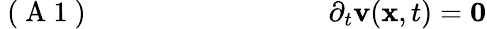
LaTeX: \mathrm{~(~A~1~)~}\; \; \; \; \; \; \; \; \; \; \; \; \; \; \; \; \; \; \; \; \; \; \; \; \; \; \; \; \; \; \partial_{t}{\mathbf v}({\mathbf x},t)={\mathbf 0}